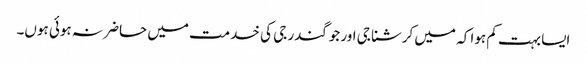
ایسا بہت کم ہوا کہ میں کرشنا جی اور جوگندر جی کی خدمت میں حاضر نہ ہوئی ہوں۔